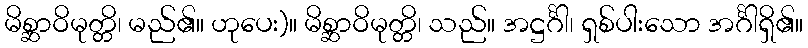
မိစ္ဆာဝိမုတ္တိ၊ မည်၏။ ဟုပေး)။ မိစ္ဆာဝိမုတ္တိ၊ သည်။ အဋ္ဌင်္ဂါ၊ ရှစ်ပါးသော အင်္ဂါရှိ၏။